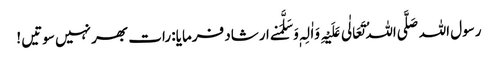
رسول اللہ صَلَّی اللہُ تَعَالٰی عَلَیْہِ وَاٰلِہٖ وَسَلَّمَنے ارشاد فرمایا: رات بھر نہیں سوتیں !